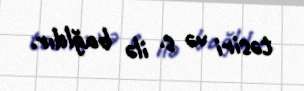
təsiri və s. ilə bağldır.